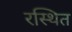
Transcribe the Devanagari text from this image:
रस्थित